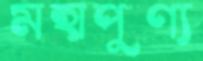
মহাপুণ্য